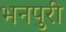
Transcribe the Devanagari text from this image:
भनपुरी